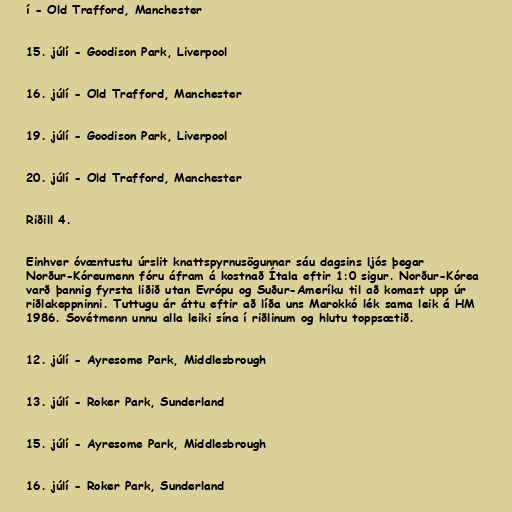
í - Old Trafford, Manchester

15. júlí - Goodison Park, Liverpool

16. júlí - Old Trafford, Manchester

19. júlí - Goodison Park, Liverpool

20. júlí - Old Trafford, Manchester

Riðill 4.

Einhver óvæntustu úrslit knattspyrnusögunnar sáu dagsins ljós þegar
Norður-Kóreumenn fóru áfram á kostnað Ítala eftir 1:0 sigur. Norður-Kórea
varð þannig fyrsta liðið utan Evrópu og Suður-Ameríku til að komast upp úr
riðlakeppninni. Tuttugu ár áttu eftir að líða uns Marokkó lék sama leik á HM
1986. Sovétmenn unnu alla leiki sína í riðlinum og hlutu toppsætið.

12. júlí - Ayresome Park, Middlesbrough

13. júlí - Roker Park, Sunderland

15. júlí - Ayresome Park, Middlesbrough

16. júlí - Roker Park, Sunderland